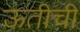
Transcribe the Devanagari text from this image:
ऊतीची